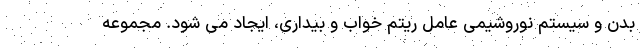
بدن و سیستم نوروشیمی عامل ریتم خواب و بیداری، ایجاد می شود. مجموعه